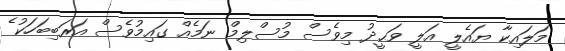
މަލައިކާ ޔައެލީ އަލީ ވަޙީދު މިވެސް މުސްލިމް ނަމެއް ގައިމުވެސް އަރަބިބަހަކު ެ